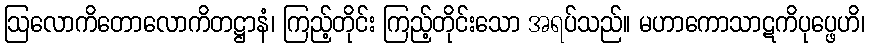
ဩလောကိတောလောကိတဋ္ဌာနံ၊ ကြည့်တိုင်း ကြည့်တိုင်းသော အရပ်သည်။ မဟာကောသာဋကိပုပ္ဖေဟိ၊